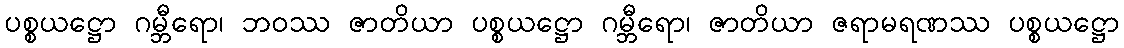
ပစ္စယဋ္ဌော ဂမ္ဘီရော၊ ဘဝဿ ဇာတိယာ ပစ္စယဋ္ဌော ဂမ္ဘီရော၊ ဇာတိယာ ဇရာမရဏဿ ပစ္စယဋ္ဌော